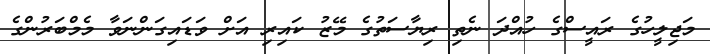
މަޖިލީހުގެ ރައީސްގެ ހުއްދަ ނެތި ރިޔާސަތުގެ މޭޒު ކައިރި އަށް ވަޑައިގަންނަވާ މެމްބަރުންގެ